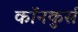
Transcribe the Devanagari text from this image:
कॉनकुर्स